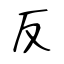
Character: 反